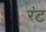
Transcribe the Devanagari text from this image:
रंट